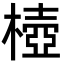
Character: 㯛